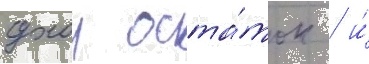
сухои оста́ток / и́